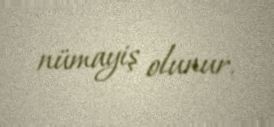
nümayiş olunur.